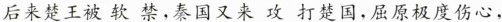
后来楚王被软禁。秦国又来攻打楚国，屈原极度伤心，